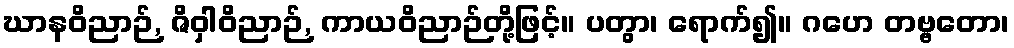
ဃာနဝိညာဉ်, ဇိဝှါဝိညာဉ်, ကာယဝိညာဉ်တို့ဖြင့်။ ပတွာ၊ ရောက်၍။ ဂဟေ တဗ္ဗတော၊